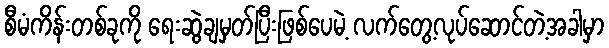
စီမံကိန်းတစ်ခုကို ရေးဆွဲချမှတ်ပြီးဖြစ်ပေမဲ့ လက်တွေ့လုပ်ဆောင်တဲ့အခါမှာ